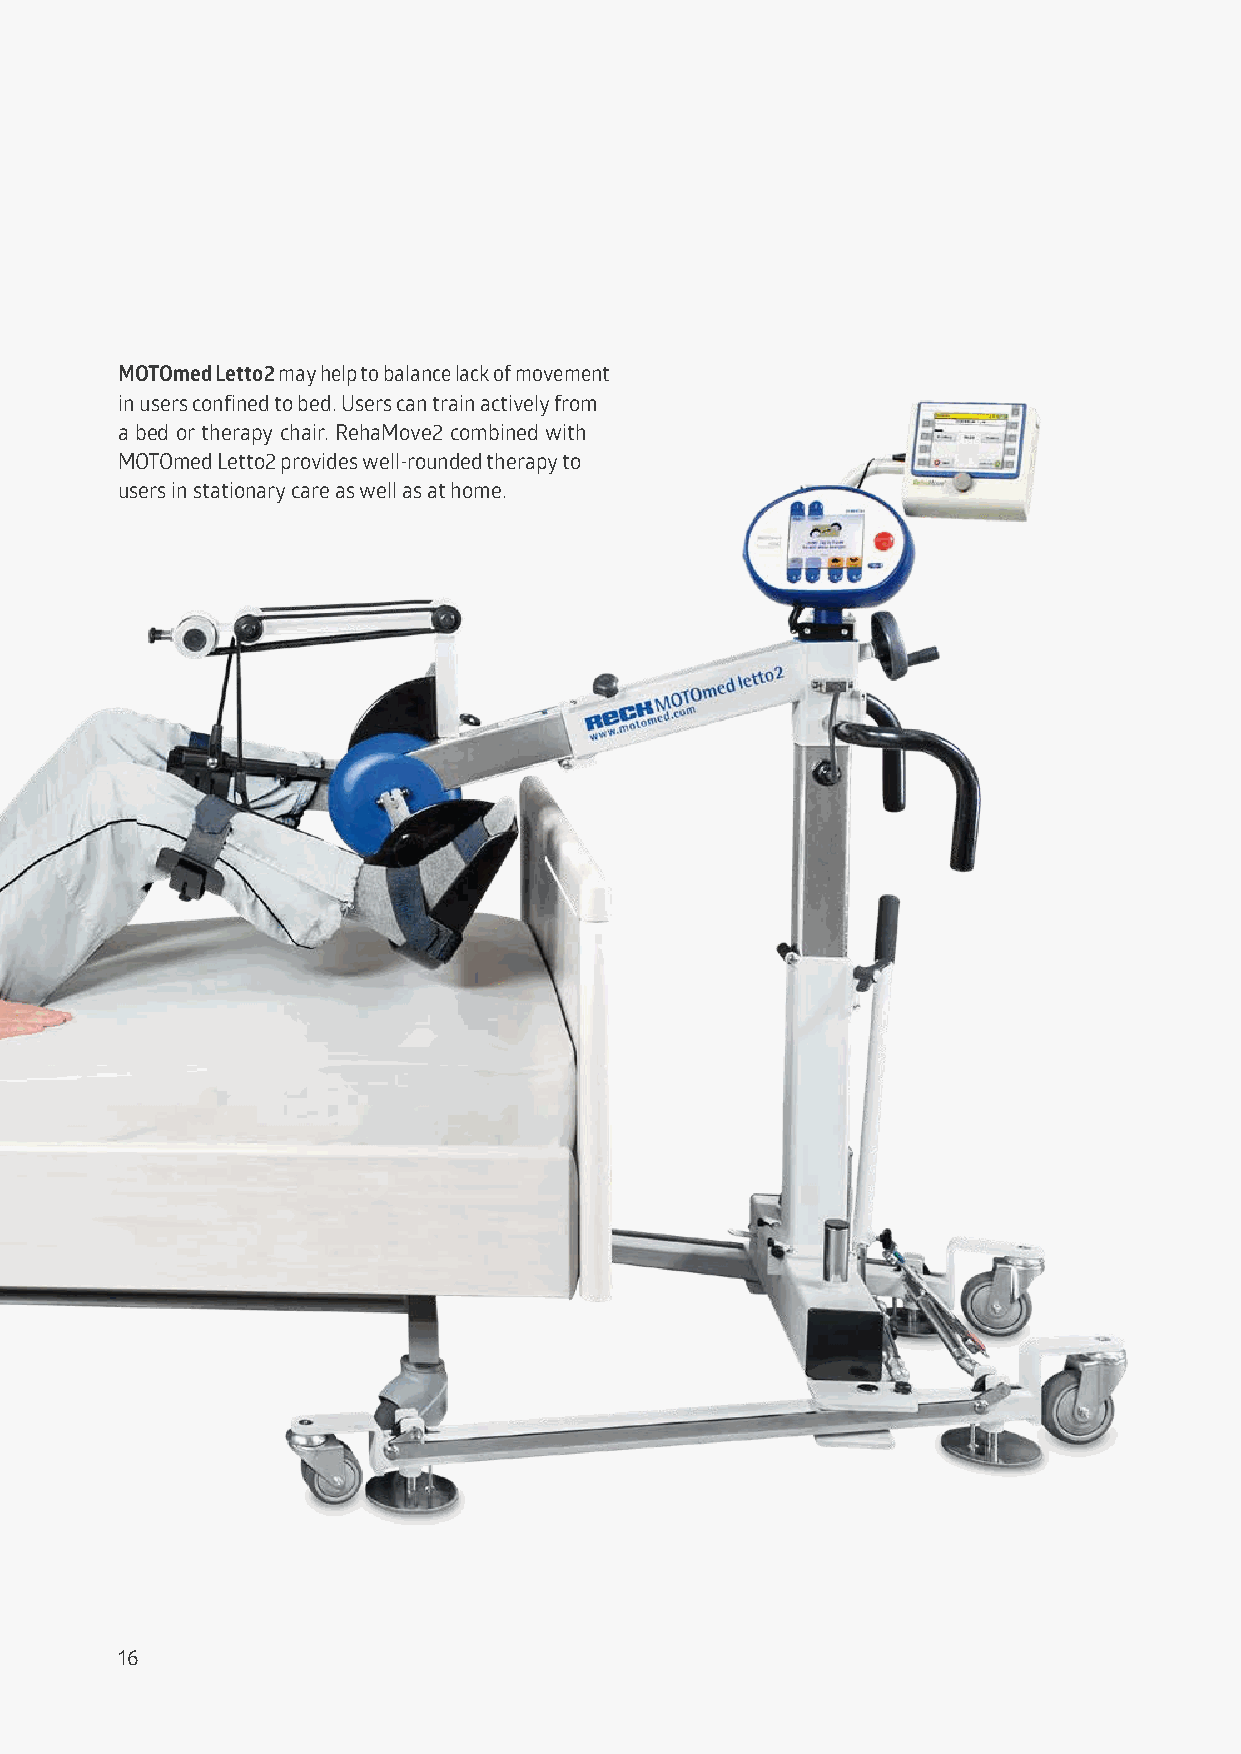
MOTOmed Letto2 may help to balance lack of movement
 in users confined to bed. Users can train actively from
 a bed or therapy chair. RehaMove2 combined with
 MOTOmed Letto2 provides well-rounded therapy to
 users in stationary care as well as at home.
 16